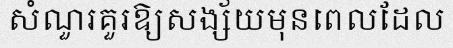
សំណួរគួរឱ្យសង្ស័យមុនពេលដែល